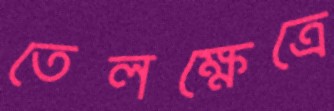
তেলক্ষেত্রে